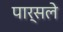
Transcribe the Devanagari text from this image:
पार्सले